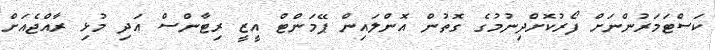
ކަސްޓަމަރުންނަށް ފޯރުކޮށްދިނުމުގެ ގޮތުން އޮންލައިން ޕޭމަންޓް އީޒީ ރިޓާންސް އަދި މުޅި ރާއްޖެއަށް